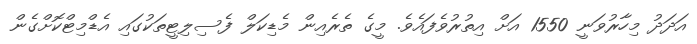
އަދަދު މިހާރުވަނީ 1550 އަށް އިތުރުވެފައެވެ. މީގެ ތެރެއިން މެޑިކަލް ފެސިލިޓީތަކުގައި އެޑްމިޓްކޮށްގެން